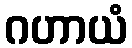
ဂဟာယံ